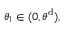
\theta _ { 1 } \in ( 0 , \theta ^ { \mathrm { d } } ) ,